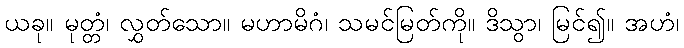
ယခု။ မုတ္တံ၊ လွှတ်သော။ မဟာမိဂံ၊ သမင်မြတ်ကို။ ဒိသွာ၊ မြင်၍။ အဟံ၊